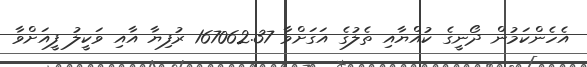
އެހެންކަމުން ދޯނީގެ ކުއްޔާއި ތެލުގެ އަގަށްވާ 167062.37 ރުފިޔާ އާއި ވަކީލު ފީއަށްވާ